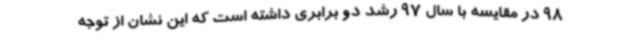
98 در مقایسه با سال 97 رشد دو برابری داشته است که این نشان از توجه